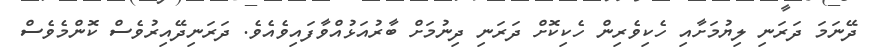
ދޭނަމަ ދަރަނި ލިޔުމަށާއި ހެކިވެރިން ހެކިކޮށް ދަރަނި ދިނުމަށް ބާރުއަޅުއްވާފައިވެއެވެ. ދަރަނިދޭއިރުވެސް ކޮންމެވެސް